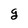
Character: g